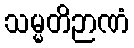
သမ္မတိဉာဏံ